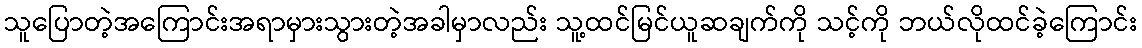
သူပြောတဲ့အကြောင်းအရာမှားသွားတဲ့အခါမှာလည်း သူ့ထင်မြင်ယူဆချက်ကို သင့်ကို ဘယ်လိုထင်ခဲ့ကြောင်း